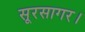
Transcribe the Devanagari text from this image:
सूरसागर।